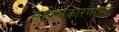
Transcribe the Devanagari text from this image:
समाजकारणाच्या